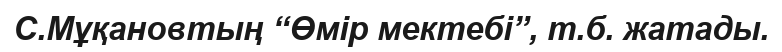
С.Мұқановтың “Өмір мектебі”, т.б. жатады.